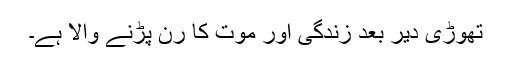
تھوڑی دیر بعد زندگی اور موت کا رن پڑنے والا ہے۔